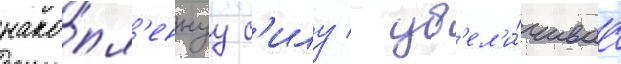
нако́пл'еннуу с'илу / ув'ел'и́чиваа